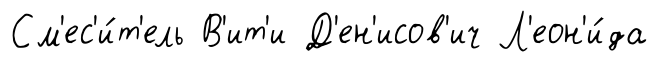
См'ес'и́т'ель В'ит'и Д'ен'исов'ич Л'еон'и́да